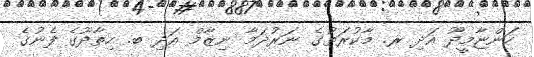
ހަންޏާމީދޫ އަދި ރ. މާކުރަތުގެ ނަރުދަމާ ނިޒާމް އަދި ބ. ހިތާދޫގެ ފެނުގެ